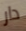
دار